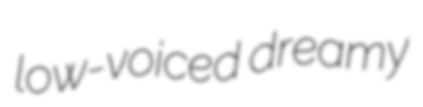
low-voiced dreamy